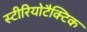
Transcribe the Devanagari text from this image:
स्टीरियोटैक्टिक